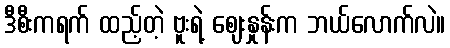
ဒီစီးကရက် ထည့်တဲ့ ဗူးရဲ့ ဈေးနှုန်းက ဘယ်လောက်လဲ။